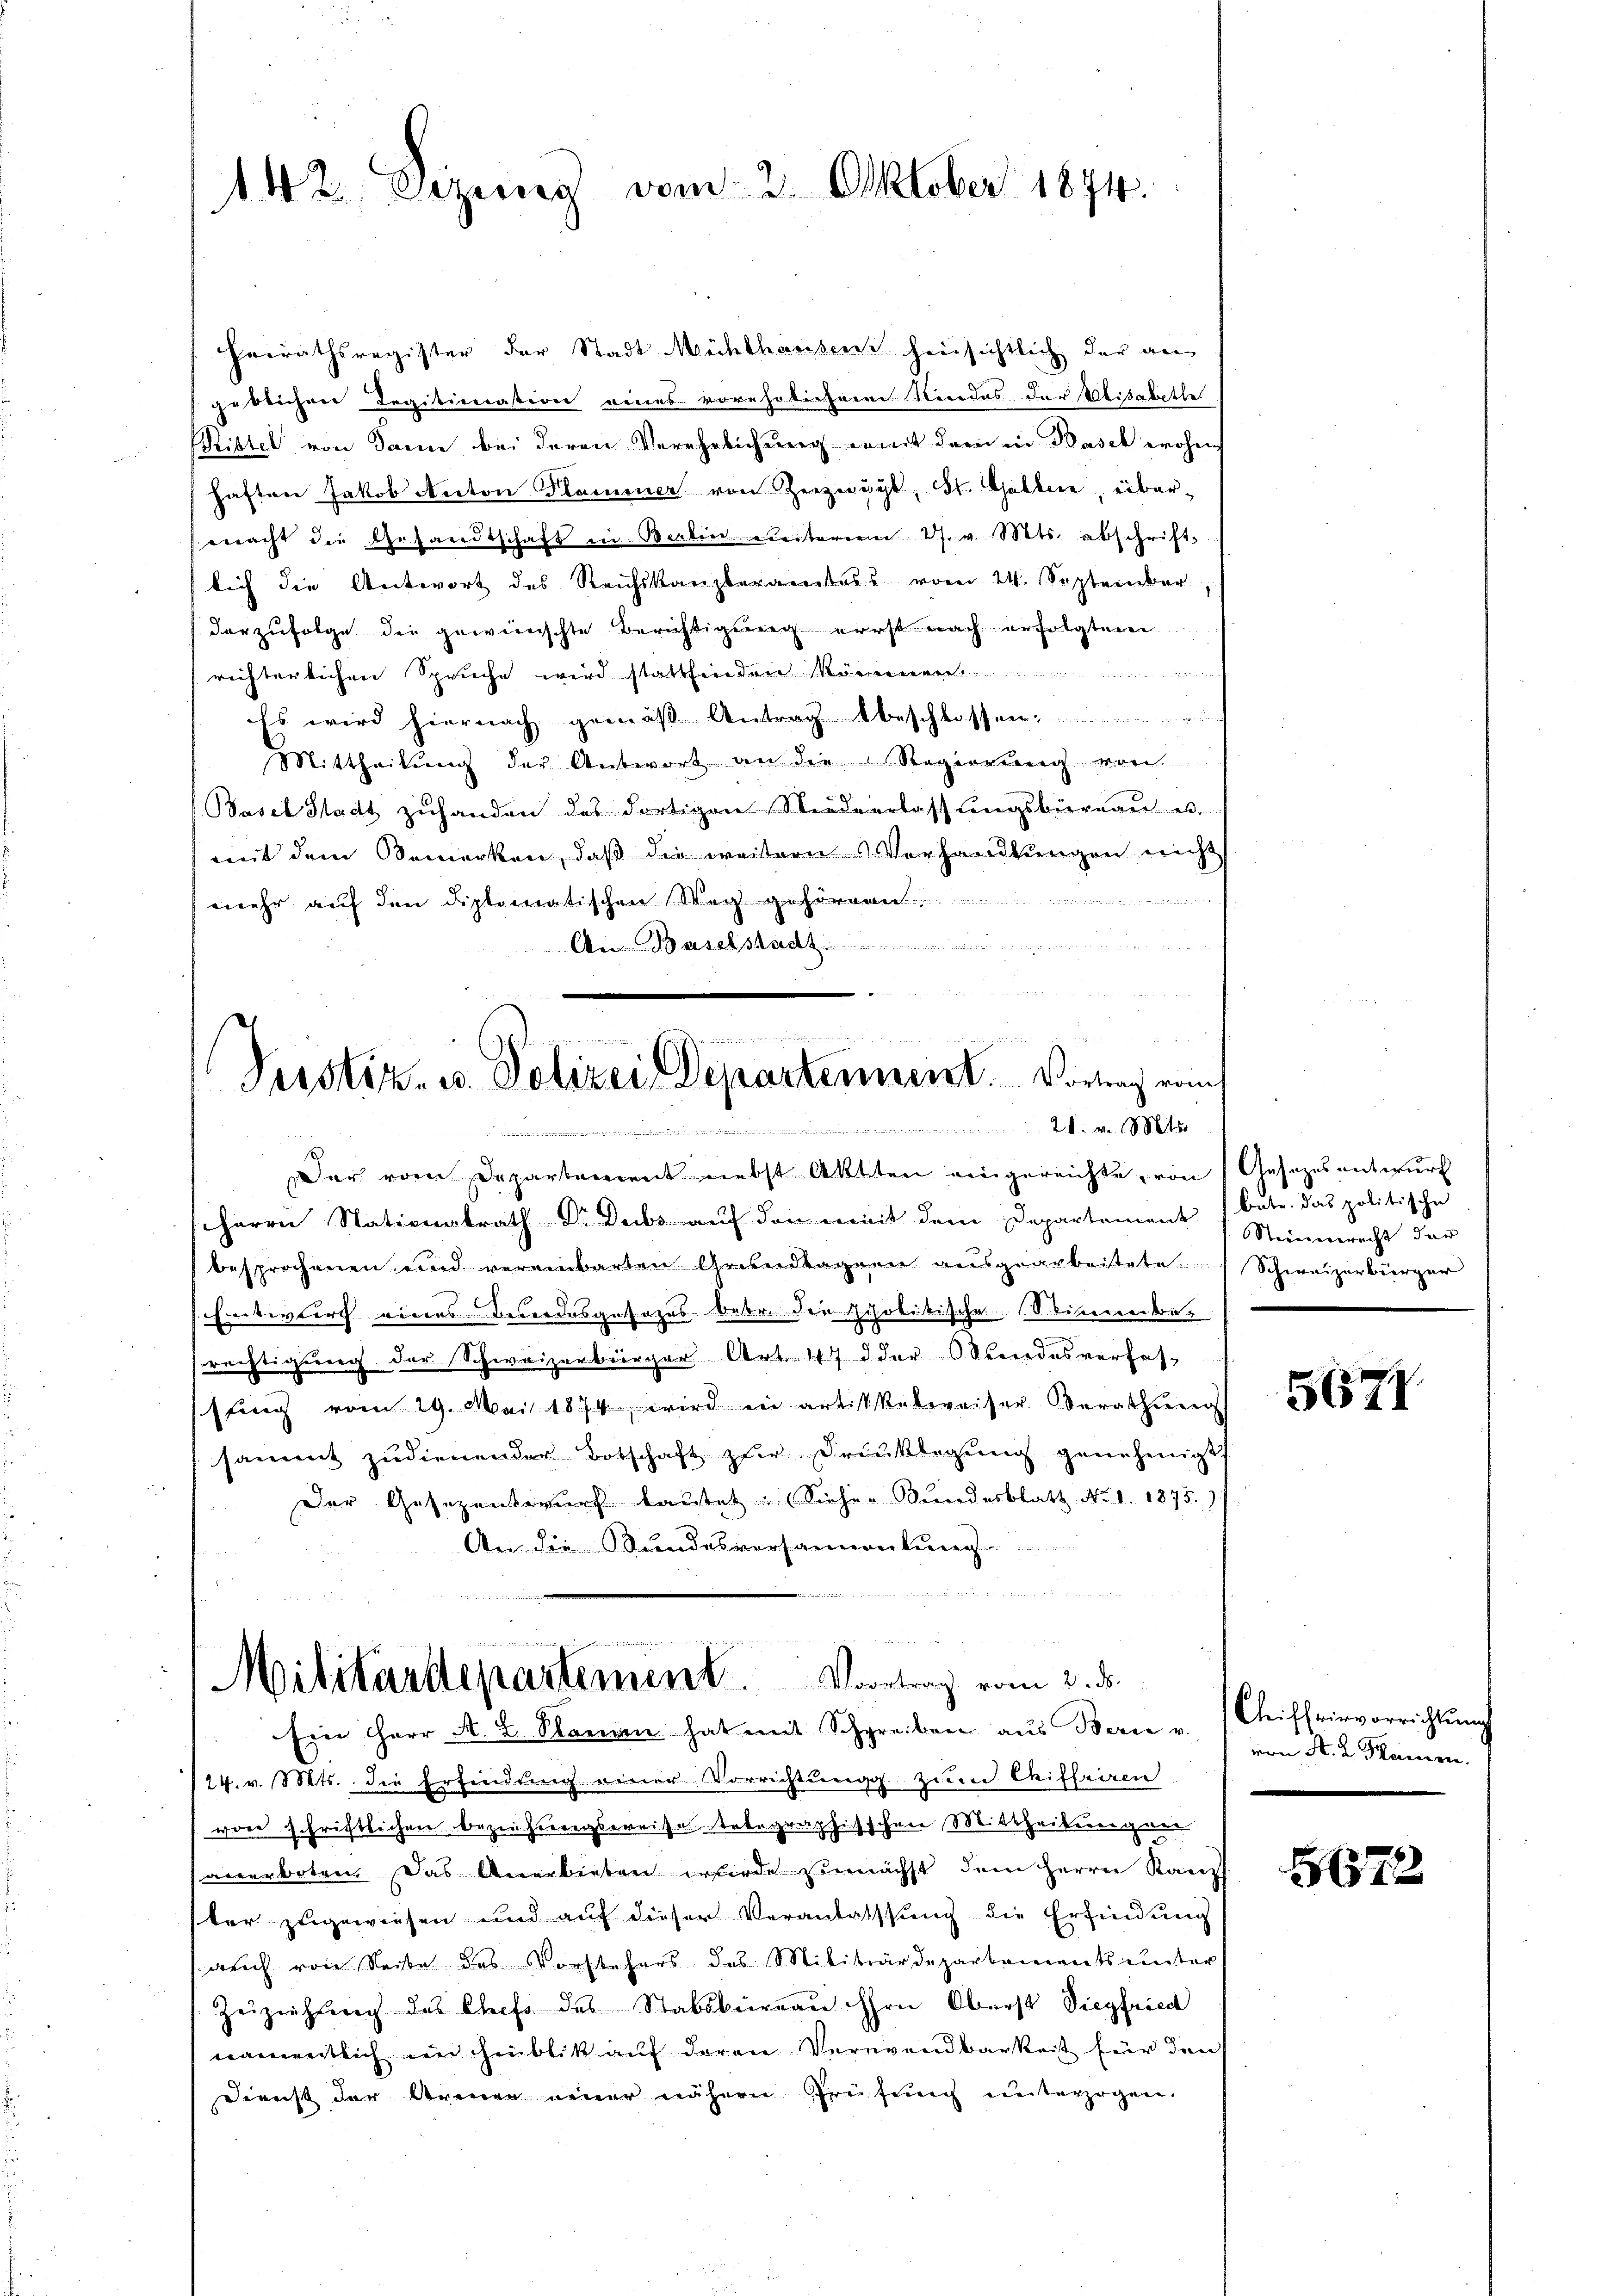
142. Sizung vom 2. Oktober 1874.

Heirathsregister der Stadt Mühlhausen hinsichtlich der an
geblichen Legitimation eines vorehelichem Riedas der Elisabethe
Rittel von dann bei deren Verehelichung damit dem in Basch wohn
haften Jakob Anton Klammer von Herzeugt, St. Gallere, übereeracht die Gesandtschaft in Berlingeleiterer ds. v. Mts. abschrift-
lich die Antwort des Reichskanzleramtes vom 24. September
darzufolge die gewünschte Berichtigung erst nach erfolgten
richterlichen Spruche wird stattfinden Mo
Es wird hiernach gemäß Antrag beschlossen
Mittheilung der Antwort an die Regierung vor
Basel Stadt zuhanden das dortigen Niederlassŭngsbüreaŭ u.
mit dem Bemerken, daß die weitere Verhandlungen nicht
  an der
mehr auf den diplomatischen Weg geforme

An Baselstadt.
e

u
Prostiz- u. Polizei Departennent. Vornach vom
21. v. Mts.
wunden

Der vom Departement nebst Aktten eingereichte von Gesetzesentwurf
herrn Stationalrath Dr. Dubs auf den mit dem Departement bete. Das politische
besprochenen und vereinbarten Grisandtagern ausgearbeitete
Entwurf eines Besondesgesezes betr. der scholitische (Seiterenbe
rechtigung der Schweizerbürger Art. 47 d der Bundesverfasssing vom 29. Mai 1874 wird in artikelweiser Berathens
sammt zudienender Botschaft zur Dreŭklegung genehmigt
Der Gesezentwurf lautet. Sicher Bundesblatt No. 1. 1875.
An die Bundesversammenkung

 xx

Militärdepartement. Vortrag vom 2. d.
Ein Herr A. u Sanen hat mit Schreiben aŭs Bern v. Chiffrirvorrichtŭng

24. v. Mts. die Erfindung einer Vorrichtung zum Chiffriren
von schriftlichen Beziehungsereise tabegraphischen Mittheitereigner
sanerboten. Das Anerbieten wurde zunächst dem Herrn Kanz
ter zugewiesen und auf dieser Veranlassung die Erfindung
auch von Seite des Vorstehers des Militärdepartements unter
Zeiziehung des Chefs des Stabsbureau Hrn. Oberst Siegfried
namentlich im Hinblik auf deren Verwendbarkeit für den
Dienst der Arenen neuer nähern Prüfung unterzogen.

Stiengerrecht der
Schweizerbürger

5671

von A. L. Meineren

51572